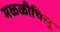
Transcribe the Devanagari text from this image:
मळ्ळीचिलू